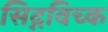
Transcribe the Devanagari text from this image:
सिद्गविच्क